Bombay plague: being a history of the progress of plague in the Bombay presidency from September 1896 to June 1899
Year: 1896
Disease focus: Plague
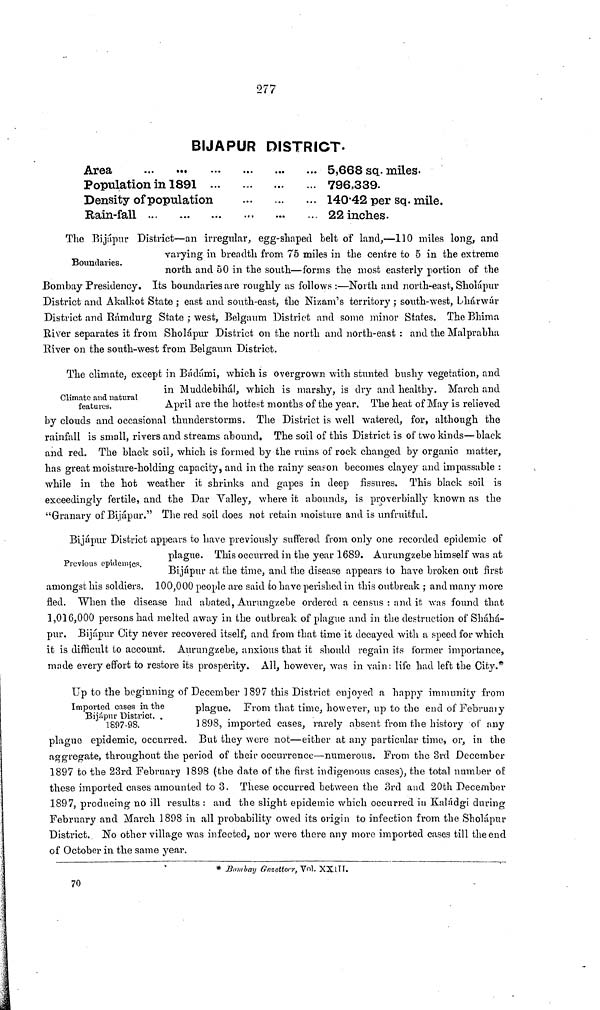
277
BIJAPUR DISTRICT.
Area
...
...
....
Population in 1891 ...
Density of population
Rain-fall
...
...
...
5,668 sq. miles.
796,339.
140 . 42 per sq. mile.
22 inches.
Boundaries.
The Bijapur District—an irregular, egg-shaped belt of land,—110 miles long, and
varying in breadth from 75 miles in the centre to 5 in the extreme
north and 50 in the south—forms the most easterly portion of the
Bombay Presidency. Its boundaries are roughly as follows :—North and north-east, Sholapur
District and Akalkot State ; east and south-east, the Nizam's territory ; south-west, Lhárwár
District and Rámdurg State ; west, Belga urn District and some minor States. The Bhima
River separates it from Sholapur District on the north and north-east : and the Malprabha
River on the south-west from Belgaum District.
Climate and natural
features.
The climate, except in Bádtími, which is overgrown with stunted bushy vegetation, and
in Muddebihal, which is marshy, is dry and healthy. March and
April are the hottest months of the year. The heat of May is relieved
by clouds and occasional thunderstorms. The District is well watered, for, although the
rainfall is small, rivers and streams abound. The soil of this District is of two kinds—black
and red. The black soil, which is formed by the ruins of rock changed by organic matter,
has great moisture-holding capacity, and in the rainy season becomes clayey and impassable :
while in the hot weather it shrinks and gapes in deep fissures. This black soil is
exceedingly fertile, and the Dar Valley, where it abounds, is proverbially known as the
"Granary of Bijapar." The red soil does not retain moisture and is unfruitful.
Previous epidemics.
Bijápur District appears to have previously suffered from only one recorded epidemic of
plague. This occurred in the year 1689. Aurungzebe himself was at
Bijápur at the time, and the disease appears to have broken out first
amongst his soldiers. 100,000 people are said fco have perished in this outbreak ; and many more
fled. When the disease had abated, Aurungzebe ordered a census : and it was found that
1,016,000 persons had melted away in the outbreak of plague and in the destruction of Sháhá-
pur. Bijápur City never recovered itself, and from that time it decayed with a speed for which
it is difficult to account. Aurungzebe, anxious that it should regain its former importance,
made every effort to restore its prosperity. All, however, was in vain: life had left the City.*
Imported cases an the
Bijapur District.
1897-98.
Up to the beginning of December 1897 this District eujoyed a happy immunity from
plague, From that time, however, up to the end of February
1898, imported cases, rarely absent from the history of any
plague epidemic, occurred. But they were not—either at any particular time, or, in the
aggregate, throughout the period of their occurrence—numerous. From the 3rd December
1897 to the 23rd February 1898 (the date of the first indigenous cases), the total number of:
these imported cases amounted to 3. These occurred between the 3rd and 20th December
1897, producing no ill results : and the slight epidemic which occurred in Kaládgi during
February and March 1898 in all probability owed its origin to infection from the Sholapur
District. No other village was infected, nor were there any more imported cases till the end
of October in the same year.
* Bombay Gazetten; Vol. XXHI.
70